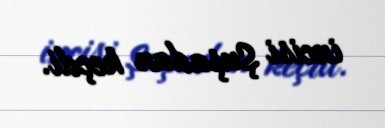
incisi Şuşadan keçdi.